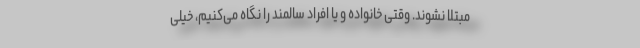
مبتلا نشوند. وقتی خانواده و یا افراد سالمند را نگاه می‌کنیم، خیلی